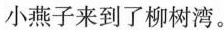
小燕子来到了柳树湾。